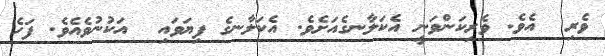
ވެރި  އެވެ. ވެރިކަންވަނީ އެކަލާނގެއަށެވެ. އެކަލާނގެ ފިޔަވައި  އަކުނުވެއެވެ. ފަހެ